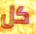
كل